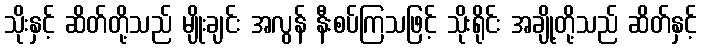
သိုးနှင့် ဆိတ်တို့သည် မျိုးချင်း အလွန် နီးစပ်ကြသဖြင့် သိုးရိုင်း အချို့တို့သည် ဆိတ်နှင့်